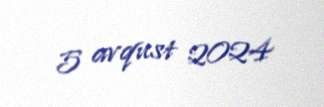
5 avqust 2024